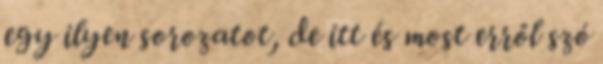
egy ilyen sorozatot, de itt és most erről szó